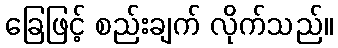
ခြေဖြင့် စည်းချက် လိုက်သည်။